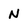
Character: N